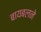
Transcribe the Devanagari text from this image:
बायबलने